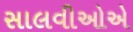
સાલવીઓએ